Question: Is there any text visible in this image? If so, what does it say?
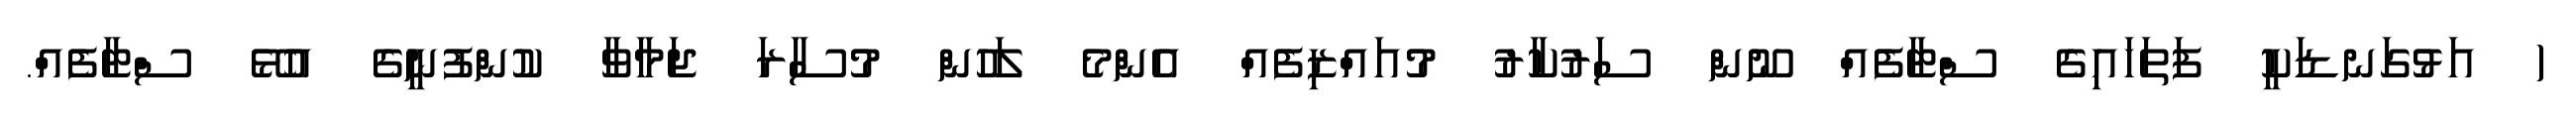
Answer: ( އަޅުގަނޑަކީ ފަތަހައިގެ ސްޓާފެއް ނޫން ސަރުކާރު މުއައްޒިފެއް އެންމެ ލަހުން މުސާރަ ޖަމާވާ ކުންފުނީގެ އުޅޭ ސްޓާފެއް.